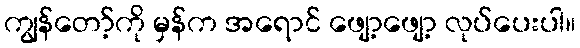
ကျွန်တော့်ကို မှန်က အရောင် ဖျော့ဖျော့ လုပ်ပေးပါ။